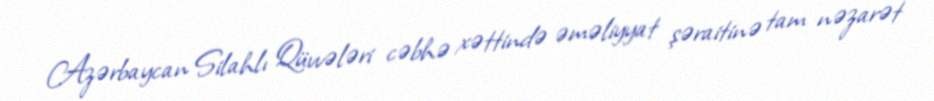
Azərbaycan Silahlı Qüvvələri cəbhə xəttində əməliyyat şəraitinə tam nəzarət